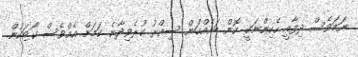
ނަމަވެސް ދިފާއީ ހެކިންނަކީ ކޮން ބައެއްކަން ސިއްރު ކުރެވިދާނެ ކަމަށް އެއްވެސް ކޯޓަކުން